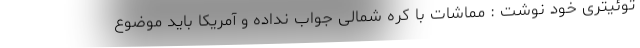
توئیتری خود نوشت : مماشات با کره شمالی جواب نداده و آمریکا باید موضوع